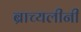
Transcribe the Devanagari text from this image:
ब्राच्यलीनी